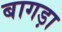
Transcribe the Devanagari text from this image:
बागड़ा